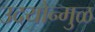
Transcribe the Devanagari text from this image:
उदयोन्मुळ